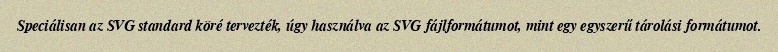
Speciálisan az SVG standard köré tervezték, úgy használva az SVG fájlformátumot, mint egy egyszerű tárolási formátumot.